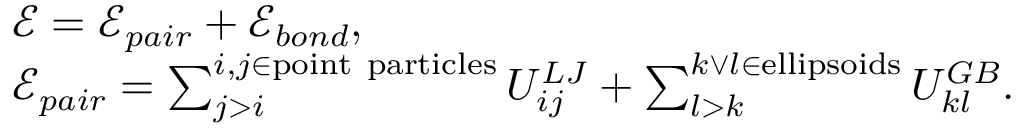
\begin{array} { r l } & { \mathcal { E } = \mathcal { E } _ { p a i r } + \mathcal { E } _ { b o n d } , } \\ & { \mathcal { E } _ { p a i r } = \sum _ { j > i } ^ { i , j \in \mathrm { p o i n t ~ p a r t i c l e s } } U _ { i j } ^ { L J } + \sum _ { l > k } ^ { k \lor l \in \mathrm { e l l i p s o i d s } } U _ { k l } ^ { G B } . } \end{array}